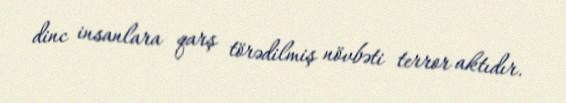
dinc insanlara qarş törədilmiş növbəti terror aktıdır.